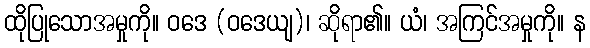
ထိုပြုသောအမှုကို။ ဝဒေ (ဝဒေယျ)၊ ဆိုရာ၏။ ယံ၊ အကြင်အမှုကို။ န